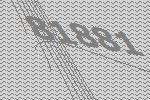
81881